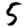
Digit: 5